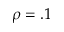
\rho = . 1